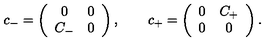
c _ { - } = \left( \begin{array} { c c } { 0 } & { 0 } \\ { C _ { - } } & { 0 } \\ \end{array} \right) , \qquad c _ { + } = \left( \begin{array} { c c } { 0 } & { C _ { + } } \\ { 0 } & { 0 } \\ \end{array} \right) .